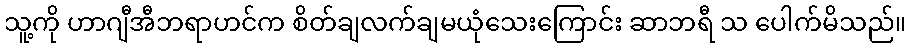
သူ့ကို ဟာဂျီအီဘရာဟင်က စိတ်ချလက်ချမယုံသေးကြောင်း ဆာဘရီ သ ပေါက်မိသည်။